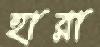
হারা